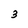
Character: 3